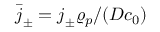
\bar { \boldsymbol { j } } _ { \pm } = \boldsymbol { j } _ { \pm } \varrho _ { p } / ( D c _ { 0 } )